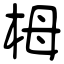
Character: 栂